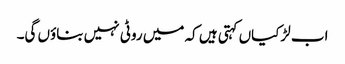
اب لڑکیاں کہتی ہیں کہ میں روٹی نہیں بناؤں گی۔